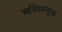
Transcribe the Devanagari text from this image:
अभिसम्युक्त